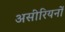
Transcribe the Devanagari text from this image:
असीरियनों